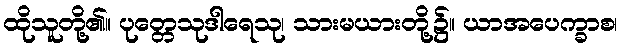
ထိုသူတို့၏။ ပုတ္တေသုဒါရေသု၊ သားမယားတို့၌။ ယာအပေက္ခာစ၊